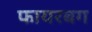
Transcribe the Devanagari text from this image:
फायरबग